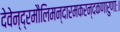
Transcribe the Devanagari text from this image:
देवेन्द्रमौलिमन्दारमकरन्दकणारुणाः।